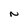
Character: N